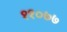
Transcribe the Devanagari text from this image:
११०७७